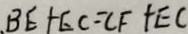
B E + E C = C F + E C